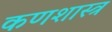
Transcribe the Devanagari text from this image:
कणशास्त्र